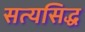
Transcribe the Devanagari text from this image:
सत्यसिद्ध